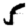
Digit: 5